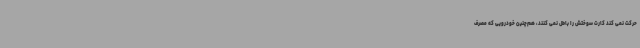
حرکت نمی کند کارت سوختش را باطل نمی کنند، هم‌چنین خودرویی که مصرف